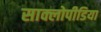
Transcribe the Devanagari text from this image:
साक्लोपीडिया